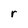
Character: r